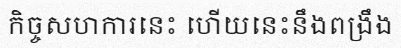
កិច្ចសហការនេះ ហើយនេះនឹងពង្រឹង